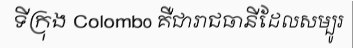
ទីក្រុង Colombo គឺជារាជធានីដែលសម្បូរ